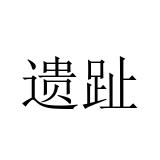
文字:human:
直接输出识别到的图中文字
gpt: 遗趾